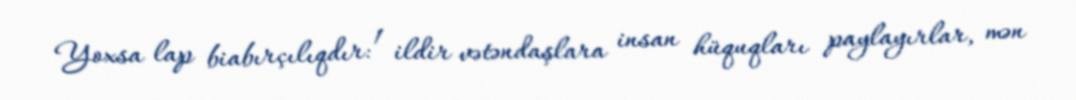
Yoxsa lap biabırçılıqdır: 1 ildir vətəndaşlara insan hüquqları paylayırlar, mən